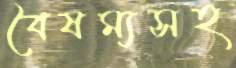
বৈষম্যসহ